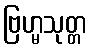
ဗြဟ္မသုတ္တ